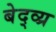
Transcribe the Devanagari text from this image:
बेद्व्य्र